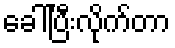
ခေါ်ပြီးလိုက်တာ